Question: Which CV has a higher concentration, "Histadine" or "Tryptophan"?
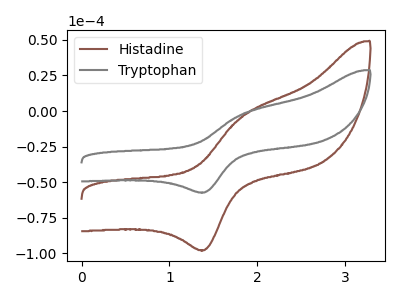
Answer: <think>The brown curve "Histadine" has an anodic peak at (1.80V, -4.20uA) and a cathodic peak at (1.40V, -97.70uA). The gray curve "Tryptophan" has an anodic peak at (1.80V, -2.45uA) and a cathodic peak at (1.40V, -57.20uA).
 All the peaks in "Histadine" have a peak in "Tryptophan" at the same potential.</think>
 <answer>I cant tell if "Histadine" or "Tryptophan" has higher concentration.</answer>
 <eval>mixed_concentration</eval>